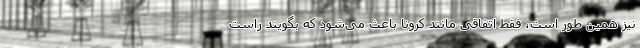
نیز همین طور است، فقط اتفاقی مانند کرونا باعث می‌شود که بگویند راست